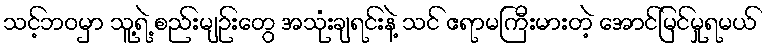
သင့်ဘဝမှာ သူ့ရဲ့ စည်းမျဉ်းတွေ အသုံးချရင်းနဲ့ သင် ဧရာမကြီးမားတဲ့ အောင်မြင်မှုရမယ်